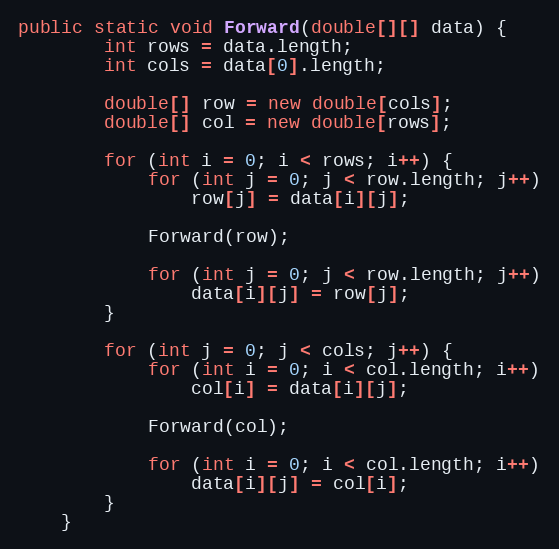
Language: Java
public static void Forward(double[][] data) {
        int rows = data.length;
        int cols = data[0].length;

        double[] row = new double[cols];
        double[] col = new double[rows];

        for (int i = 0; i < rows; i++) {
            for (int j = 0; j < row.length; j++)
                row[j] = data[i][j];

            Forward(row);

            for (int j = 0; j < row.length; j++)
                data[i][j] = row[j];
        }

        for (int j = 0; j < cols; j++) {
            for (int i = 0; i < col.length; i++)
                col[i] = data[i][j];

            Forward(col);

            for (int i = 0; i < col.length; i++)
                data[i][j] = col[i];
        }
    }